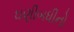
ઘણીબધીનો